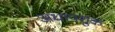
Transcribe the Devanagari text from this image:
अधापर्शुक